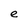
Character: e